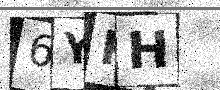
Text: 6YRH